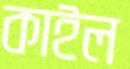
কাইল